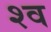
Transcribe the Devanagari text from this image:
श्‍व